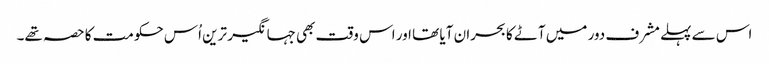
اس سے پہلے مشرف دور میں آٹے کا بحران آیا تھا اور اس وقت بھی جہانگیر ترین اُس حکومت کا حصہ تھے۔